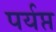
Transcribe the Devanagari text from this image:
पर्यप्त